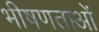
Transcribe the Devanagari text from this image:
भीषणताओं